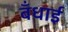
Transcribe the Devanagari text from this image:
बँधाई